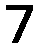
7